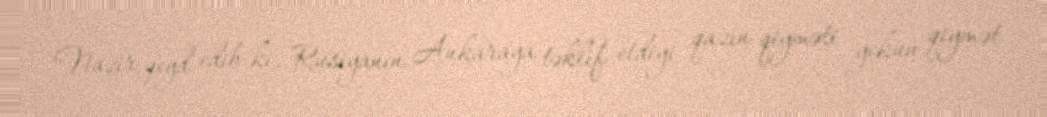
Nazir qeyd edib ki, Rusiyanın Ankaraya təklif etdiyi qazın qiyməti yekun qiymət